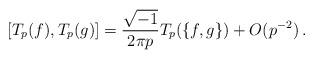
LaTeX: \begin{align*}[T_p(f),T_p(g)]=\frac{\sqrt{-1}}{2\pi p}T_p(\{f,g\})+O(p^{-2})\,.\end{align*}